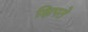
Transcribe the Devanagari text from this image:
क्षिपते